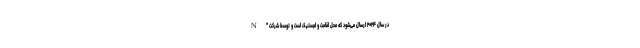
در سال ۲۰۲۴ ارسال می‌شود که محل اقامت و لجستیک است و توسط شرکت "N